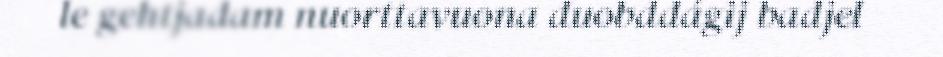
le gehtjadam nuorttavuona duobddágij badjel